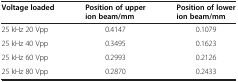
<table><thead><tr><td><b>Voltage loaded</b></td><td><b>Position of upper ion beam/mm</b></td><td><b>Position of lower ion beam/mm</b></td></tr></thead><tbody><tr><td>25 kHz 20 Vpp</td><td>0.4147</td><td>0.1079</td></tr><tr><td>25 kHz 40 Vpp</td><td>0.3495</td><td>0.1623</td></tr><tr><td>25 kHz 60 Vpp</td><td>0.2993</td><td>0.2126</td></tr><tr><td>25 kHz 80 Vpp</td><td>0.2870</td><td>0.2433</td></tr></tbody></table>